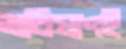
ভবিষ্যৎই